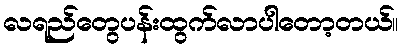
လရည်တွေပန်းထွက်လာပါတော့တယ်။